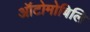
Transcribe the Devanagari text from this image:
ऑटोमोबिलि